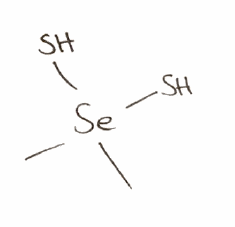
Simplified molecular-input line-entry system (SMILES) notation of the given molecule:
C[Se](C)(S)S